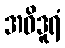
အဝိဒူရံ